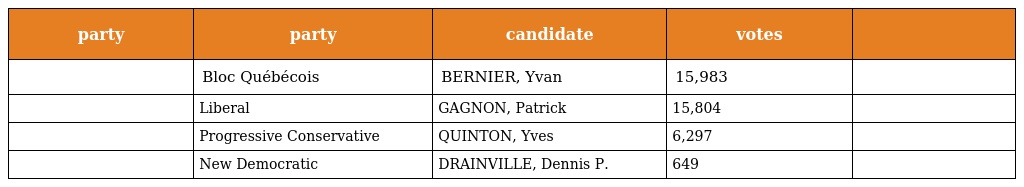
| party | party | candidate | votes |  |
 | --- | --- | --- | --- | --- |
 |  | Bloc Québécois | BERNIER, Yvan | 15,983 |  |
 |  | Liberal | GAGNON, Patrick | 15,804 |  |
 |  | Progressive Conservative | QUINTON, Yves | 6,297 |  |
 |  | New Democratic | DRAINVILLE, Dennis P. | 649 |  |